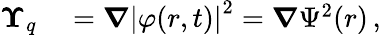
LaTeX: \begin{array}{rl}{\boldsymbol{\Upsilon}_{q}}&{{}=\boldsymbol{\nabla}{\left|\varphi(r,t)\right|}^{2}=\boldsymbol{\nabla}\Psi^{2}(r)\, ,}\end{array}